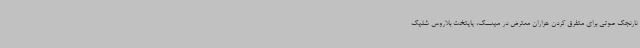
نارنجک صوتی برای متفرق کردن هزاران معترض در مینسک، پایتخت بلاروس شلیک